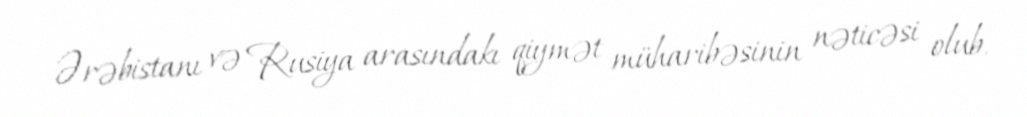
Ərəbistanı və Rusiya arasındakı qiymət müharibəsinin nəticəsi olub.